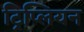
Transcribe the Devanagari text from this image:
ट्रिप्लियन